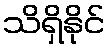
သိရှိနိုင်